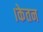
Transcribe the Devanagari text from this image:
।केतन